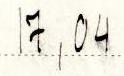
17,04